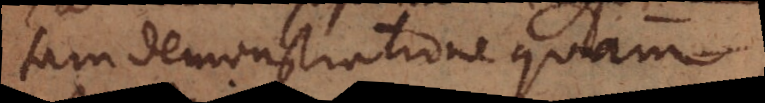
tam demonstratione quam